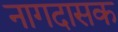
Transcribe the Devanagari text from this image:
नागदासक